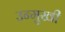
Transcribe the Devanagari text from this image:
उन्‍मुखी